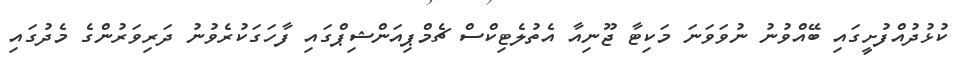
ކުޅުދުއްފުށީގައި ބޭއްވުނު ނުވަވަނަ މަކިޓާ ޖޫނިއާ އެތުލެޓިކްސް ޗެމްޕިއަންޝިޕްގައި ފާހަގަކުރެވުނު ދަރިވަރުންގެ މެދުގައި